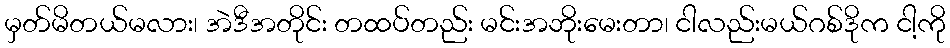
မှတ်မိတယ်မလား၊ အဲဒီအတိုင်း တထပ်တည်း မင်းအဘိုးမေးတာ၊ ငါလည်းမယ်ဂစ်ဒိုက ငါ့ကို